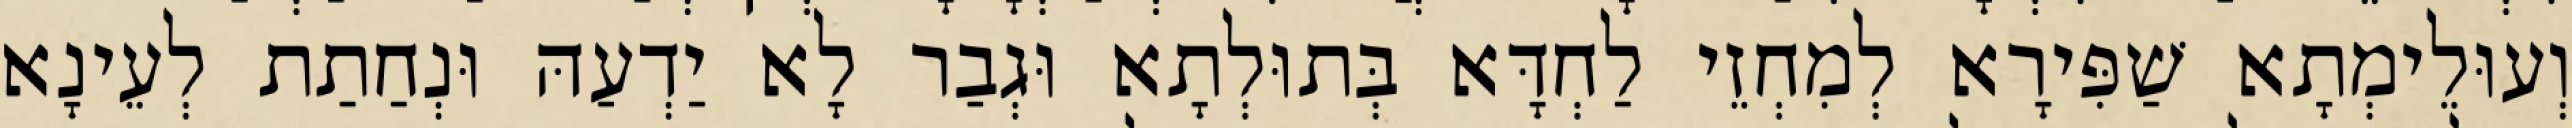
וְעוּלֵימְתָא שַׁפִּירָא לְמִחְזֵי לַחְדָּא בְּתוּלְתָא וּגְבַר לָא יַדְעַהּ וּנְחַתַת לְעֵינָא